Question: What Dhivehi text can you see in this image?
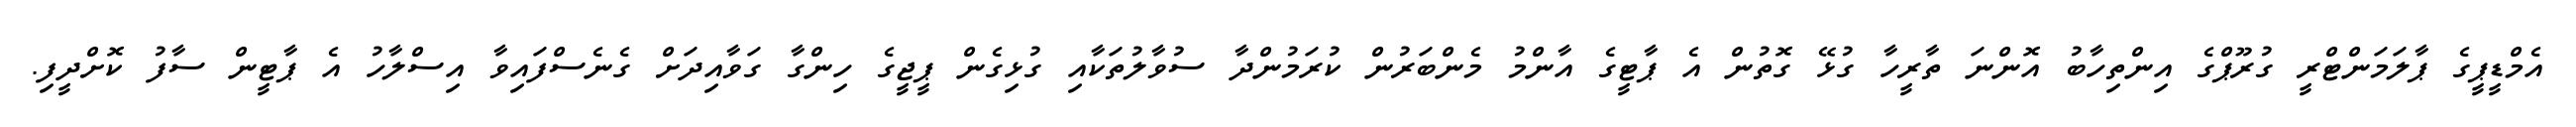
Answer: އެމްޑީޕީގެ ޕާލަމަންޓްރީ ގުރޫޕްގެ އިންތިހާބު އޮންނަ ތާރީހާ ގުޅޭ ގޮތުން އެ ޕާޓީގެ އާންމު މެންބަރުން ކުރަމުންދާ ސުވާލުތަކާއި ގުޅިގެން ޕީޖީގެ ހިންގާ ގަވާއިދަށް ގެނެސްފައިވާ އިސްލާހު އެ ޕާޓީން ސާފު ކޮށްދީފި.